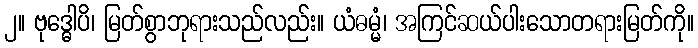
၂။ ဗုဒ္ဓေါပိ၊ မြတ်စွာဘုရားသည်လည်း။ ယံဓမ္မံ၊ အကြင်ဆယ်ပါးသောတရားမြတ်ကို။